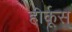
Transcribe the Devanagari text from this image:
हीर्कूस्